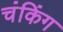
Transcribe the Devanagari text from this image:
चंकिंग